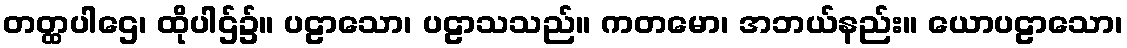
တတ္ထပါဌေ၊ ထိုပါဌ်၌။ ပဠာသော၊ ပဠာသသည်။ ကတမော၊ အဘယ်နည်း။ ယောပဠာသော၊